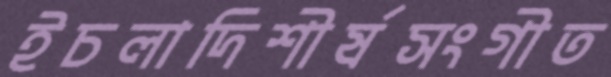
ইচলাদিশীর্ষসংগীত